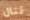
قتال